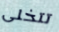
تتخلى